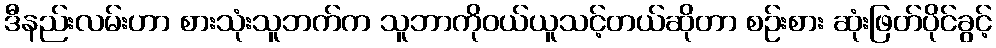
ဒီနည်းလမ်းဟာ စားသုံးသူဘက်က သူဘာကိုဝယ်ယူသင့်တယ်ဆိုတာ စဉ်းစား ဆုံးဖြတ်ပိုင်ခွင့်